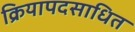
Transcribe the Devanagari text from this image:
क्रियापदसाधित